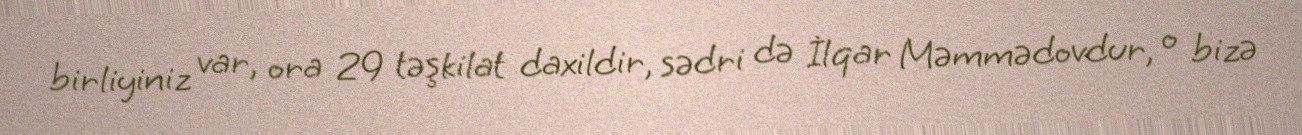
birliyiniz var, ora 29 təşkilat daxildir, sədri də İlqar Məmmədovdur, o bizə